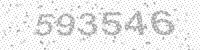
Solution: 593546